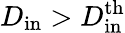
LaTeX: D_{\mathrm{in}}>D_{\mathrm{in}}^{\mathrm{th}}